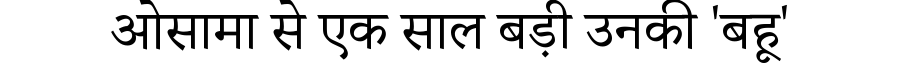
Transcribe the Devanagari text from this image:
ओसामा से एक साल बड़ी उनकी 'बहू'